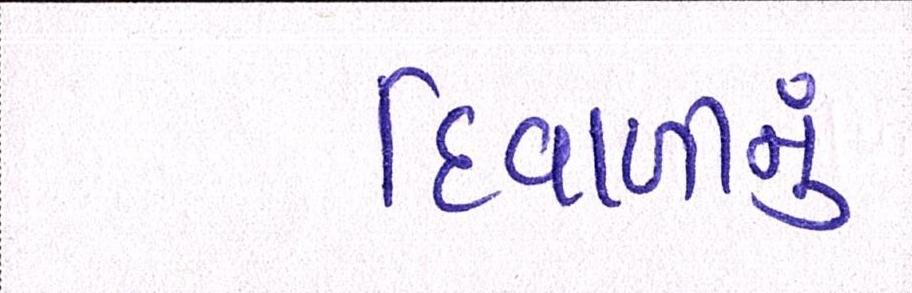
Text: દિવાળીનું